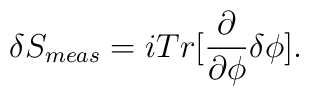
\delta S_{meas}=iTr[\frac{\partial}{\partial\phi}\delta\phi].